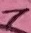
Text: 1